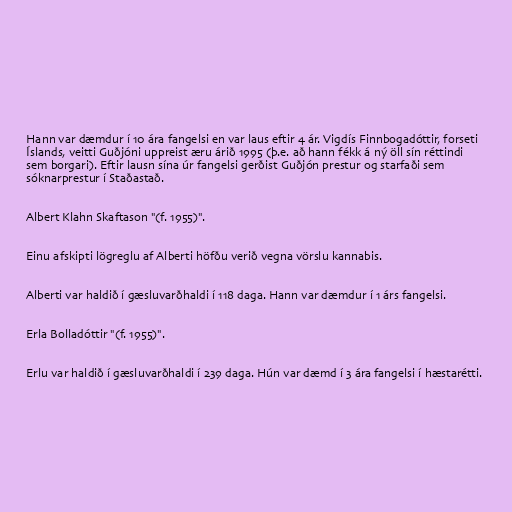
Hann var dæmdur í 10 ára fangelsi en var laus eftir 4 ár. Vigdís Finnbogadóttir, forseti
Íslands, veitti Guðjóni uppreist æru árið 1995 (þ.e. að hann fékk á ný öll sín réttindi
sem borgari). Eftir lausn sína úr fangelsi gerðist Guðjón prestur og starfaði sem
sóknarprestur í Staðastað.

Albert Klahn Skaftason "(f. 1955)".

Einu afskipti lögreglu af Alberti höfðu verið vegna vörslu kannabis.

Alberti var haldið í gæsluvarðhaldi í 118 daga. Hann var dæmdur í 1 árs fangelsi.

Erla Bolladóttir "(f. 1955)".

Erlu var haldið í gæsluvarðhaldi í 239 daga. Hún var dæmd í 3 ára fangelsi í hæstarétti.